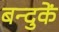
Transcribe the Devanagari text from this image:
बन्दुकें